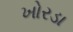
ખોરડા